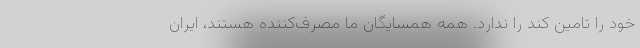
خود را تامین کند را ندارد. همه همسایگان ما مصرف‌کننده هستند، ایران